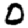
Digit: 0